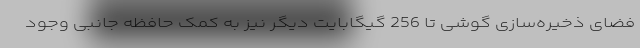
فضای ذخیره‌سازی گوشی تا 256 گیگابایت دیگر نیز به کمک حافظه جانبی وجود